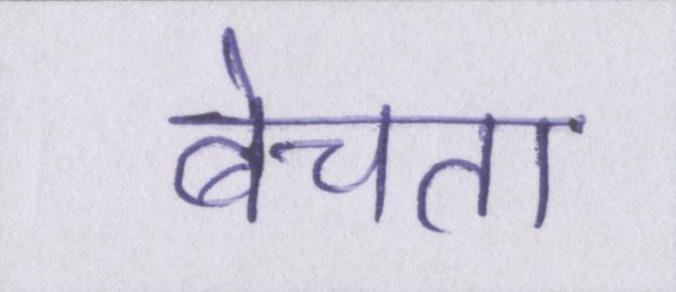
बेचता